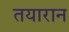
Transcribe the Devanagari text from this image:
तयारान